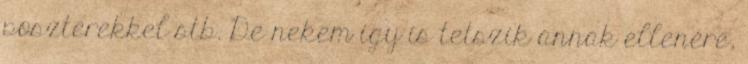
poszterekkel stb. De nekem így is tetszik annak ellenére,